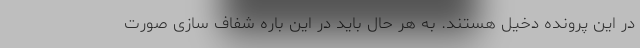
در این پرونده دخیل هستند. به هر حال باید در این باره شفاف سازی صورت